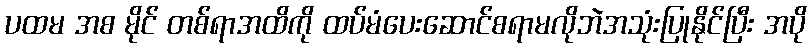
ပထမ အစ မိုင် တစ်ရာအထိကို ထပ်မံပေးဆောင်စရာမလိုဘဲအသုံးပြုနိုင်ပြီး အပို